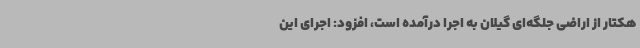
هکتار از اراضی جلگه‌ای گیلان به اجرا درآمده است، افزود: اجرای این